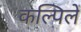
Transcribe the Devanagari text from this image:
कल्पिलें